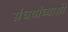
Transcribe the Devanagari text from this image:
संघयांच्याशी